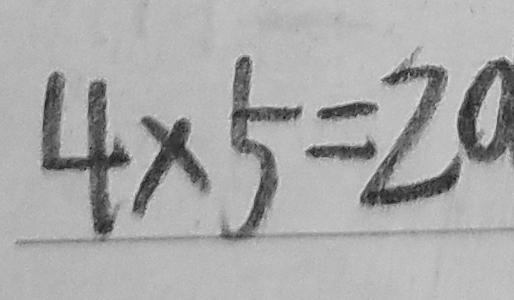
4 \times 5 = 2 0